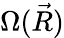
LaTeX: \Omega({\vec{R}})